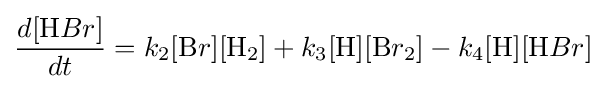
{\frac {d[{\ce {H}}Br]}{dt}}=k_{2}[{\ce {B}}r][{\ce {H}}_{2}]+k_{3}[{\ce {H}}][{\ce {B}}r_{2}]-k_{4}[{\ce {H}}][{\ce {H}}Br]